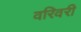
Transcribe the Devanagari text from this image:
वरिवरी